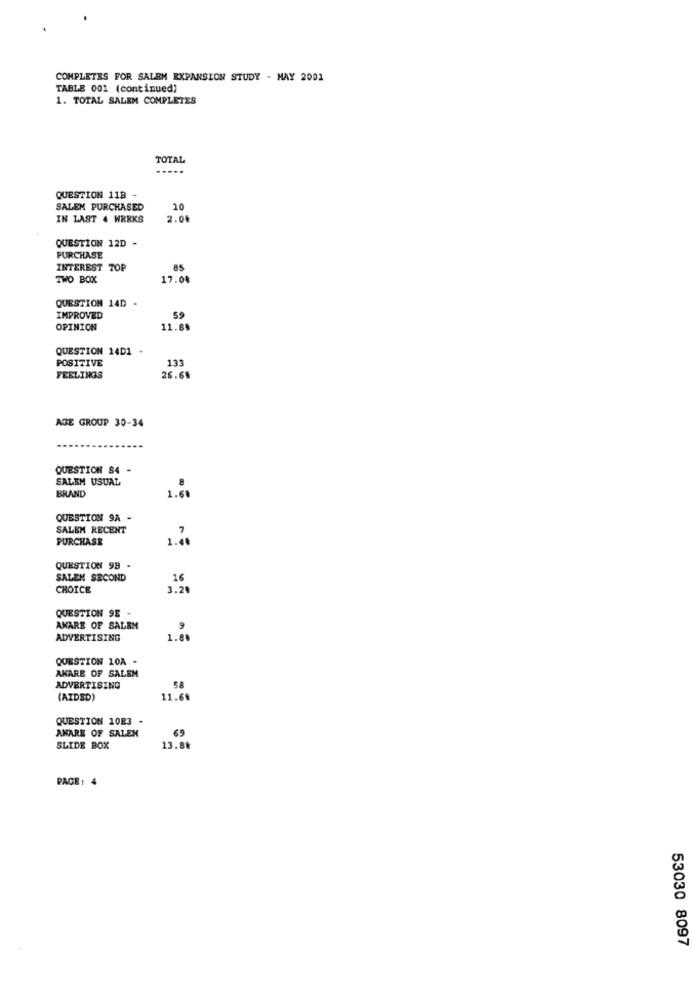
COMPLETES FOR SALEM EXPANSION STUDY - MAY 2001
TABLE 001 (continued)
1. TOTAL SALEM COMPLETES
TOTAL
QUESTION 118 -
SALEM PURCHASED
10
IN LAST 4 WERKS
2.0%
QUESTION 12D
PURCHASE
INTEREST TOP
85
TWO BOX
17.0%
QUESTION 14D -
IMPROVED
59
OPINION
11.88
QUESTION 14D1 -
POSITIVE
133
FEELINGS
26.68
AGE GROUP 30-34
QUESTION S4 -
SALEM USUAL
.
BRAND
1.68
QUESTION 9A -
SALEM RECENT
PURCHASE
1.48
QUESTION 99 -
SALEN SECOND
16
CHOICE
3.20
QUESTION 9E -
AWARE OF SALEM
9
ADVERTISING
1.80
QUESTION 10A
AWARE OF SALEM
SA
ADVERTISING
(AIDED)
11.68
QUESTION 10E3 -
AMARE OF SALEN
69
SLIDE BOX
13.88
PAGE: 4
53030 8097